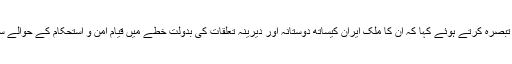
انہوں نے مشرق وسطی میں حالیہ کشیدگی پر تبصرہ کرتے ہوئے کہا کہ ان کا ملک ایران کیساتھ دوستانہ اور دیرینہ تعلقات کی بدولت خطے میں قیام امن و استحکام کے حوالے سے کسی بھی کوشش سے دریغ نہیں کرے گا۔